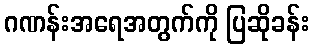
ဂဏန်းအရေအတွက်ကို ပြဆိုခန်း